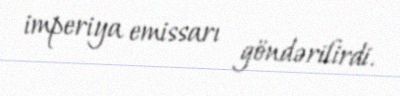
imperiya emissarı göndərilirdi.